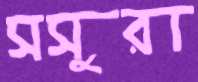
সসুরা